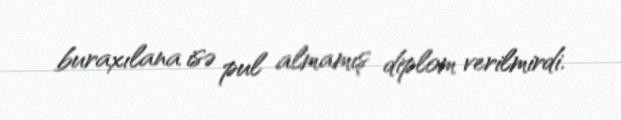
buraxılana isə pul almamış diplom verilmirdi.